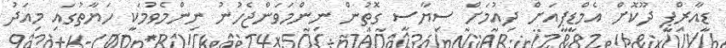
ޑީއާރްޕީ ދޫކޮށް އެމްޑީޕީއަށް ދިއުމަށް ސިޔާސީ ގޮތުން ނިންމަވަންޖެހުނު ނިންމެވުމަކީ ހަޔާތުގައި މިއަދު